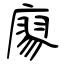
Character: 廖